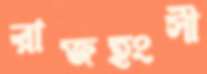
রাজহংসী